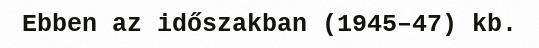
Ebben az időszakban (1945–47) kb.